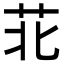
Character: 苝